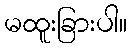
မထူးခြားပါ။